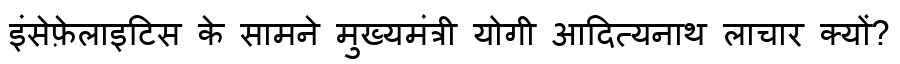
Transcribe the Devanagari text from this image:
इंसेफ़ेलाइटिस के सामने मुख्यमंत्री योगी आदित्यनाथ लाचार क्यों?